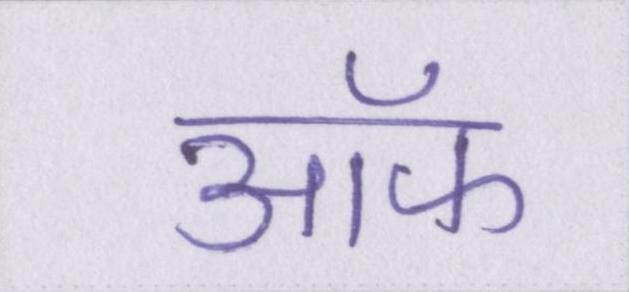
ऑफ